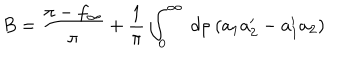
LaTeX: B = \frac { \pi - f _ { \infty } } { \pi } + \frac { 1 } { \pi } \int _ { 0 } ^ { \infty } ~ d \rho ~ ( a _ { 1 } a _ { 2 } ^ { \prime } - a _ { 1 } ^ { \prime } a _ { 2 } )